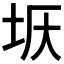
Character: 𡊘